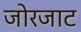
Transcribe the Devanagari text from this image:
जोरजाट